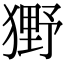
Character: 𤡒